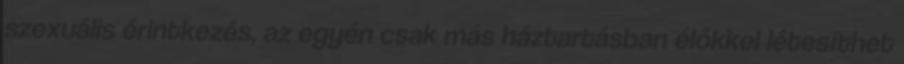
szexuális érintkezés, az egyén csak más háztartásban élőkkel létesíthet